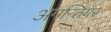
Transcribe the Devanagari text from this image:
अगन्तियर